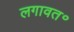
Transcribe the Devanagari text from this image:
लगावत॰